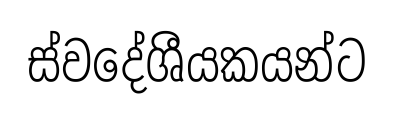
ස්වදේශීයකයන්ට